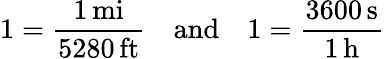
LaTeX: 1={\frac{1\, \mathrm{mi}}{5280\, \mathrm{ft}}}\quad\mathrm{and}\quad 1={\frac{3600\, \mathrm{s}}{1\, \mathrm{h}}}